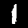
Label: 1